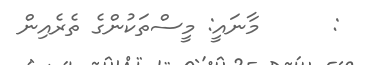
:      މާނައީ: މީސްތަކުންގެ ތެރެއިން